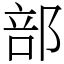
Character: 部